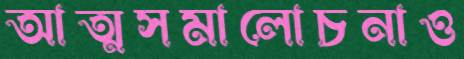
আত্মসমালোচনাও